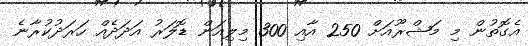
އެގޮތުން މި މަޝްރޫއަށް 250 އާއި 300 މިލިއަން ޑޮލަރު އަދަދެއް ހަރަދުކުރާނެ